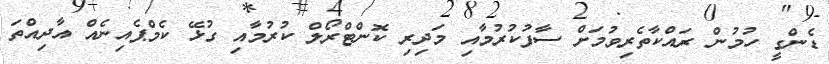
ޑެންގީ ހުމުން ރައްކާތެރިވުމަށް ސާފުކުރުމާއި މަދިރި ކޮންޓްރޯލް ކުރުމާއި ގުޅޭ ކެމްޕެއިނެއް އާދިއްތަ